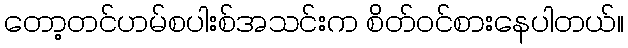
တော့တင်ဟမ်စပါးစ်အသင်းက စိတ်ဝင်စားနေပါတယ်။